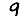
Digit: 9